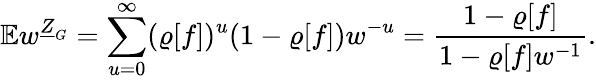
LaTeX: \mathbb{E}w^{\underline{{Z}}_{G}}=\sum_{u=0}^{\infty}(\varrho[f])^{u}(1-\varrho[f])w^{-u}=\frac{1-\varrho[f]}{1-\varrho[f]w^{-1}}.